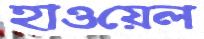
হাওয়েল